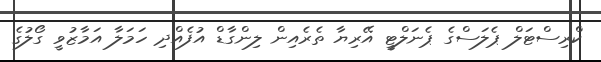
ކްރިސްޓަލް ޕެލަސްގެ ޕެނަލްޓީ އޭރިޔާ ތެރެއިން ލިންގާޑް އުފެއްދި ހަމަލާ އަމާޒުވީ ގޯލުގެ